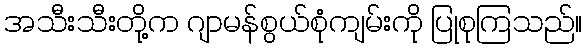
အသီးသီးတို့က ဂျာမန်စွယ်စုံကျမ်းကို ပြုစုကြသည်။